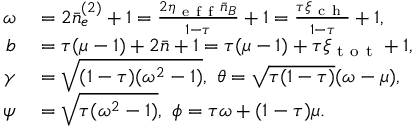
\begin{array} { r l } { \omega } & { { } = 2 \bar { n } _ { e } ^ { ( 2 ) } + 1 = \frac { 2 \eta _ { \mathrm { ~ e ~ f ~ f ~ } } \bar { n } _ { B } } { 1 - \tau } + 1 = \frac { \tau \xi _ { \mathrm { ~ c ~ h ~ } } } { 1 - \tau } + 1 , } \\ { b } & { { } = \tau ( \mu - 1 ) + 2 \bar { n } + 1 = \tau ( \mu - 1 ) + \tau \xi _ { \mathrm { ~ t ~ o ~ t ~ } } + 1 , } \\ { \gamma } & { { } = \sqrt { ( 1 - \tau ) ( \omega ^ { 2 } - 1 ) } , ~ \theta = \sqrt { \tau ( 1 - \tau ) } ( \omega - \mu ) , } \\ { \psi } & { { } = \sqrt { \tau ( \omega ^ { 2 } - 1 ) } , ~ \phi = \tau \omega + ( 1 - \tau ) \mu . } \end{array}